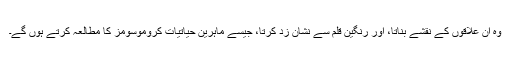
وہ ان علاقوں کے نقشے بناتا، اور رنگین قلم سے نشان زد کرتا، جیسے ماہرینِ حیاتیات کروموسومز کا مطالعہ کرتے ہوں گے۔